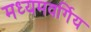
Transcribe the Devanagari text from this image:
मध्यमवर्गिय